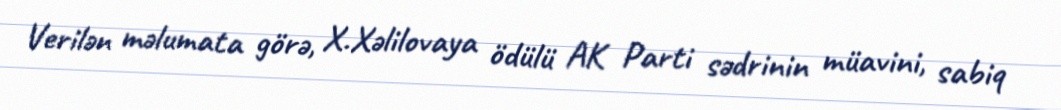
Verilən məlumata görə, X.Xəlilovaya ödülü AK Parti sədrinin müavini, sabiq